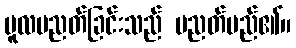
မူလပညတ်ခြင်းသည် ပညတ်မည်၏။